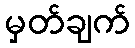
မှတ်ချက်